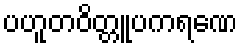
ပဟူတဝိတ္တူပကရဏေ